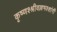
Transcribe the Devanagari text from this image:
कृष्णश्श्रीवल्लभश्शांर्गी